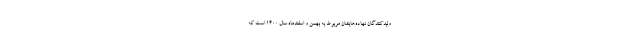
ولیدکنندگان نهاده‌هایشان مربوط به بهمن و اسفندماه سال ۱۴۰۰ است که